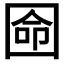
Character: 𡇳